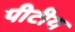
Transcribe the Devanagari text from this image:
पीटीय